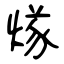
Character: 煫